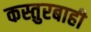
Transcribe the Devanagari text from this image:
कस्तुरबाही